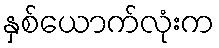
နှစ်ယောက်လုံးက